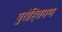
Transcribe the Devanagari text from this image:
पुरोहितगण